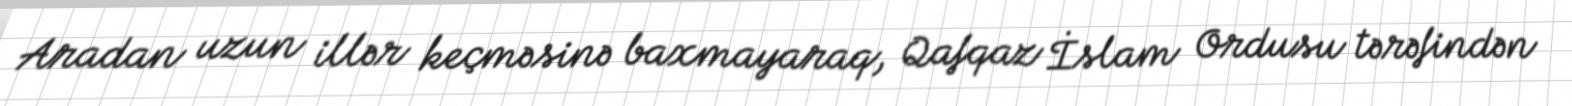
Aradan uzun illər keçməsinə baxmayaraq, Qafqaz İslam Ordusu tərəfindən